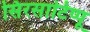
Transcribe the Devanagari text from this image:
सिरसाटिप्पू